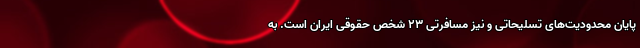
پایان محدودیت‌های تسلیحاتی و نیز مسافرتی ۲۳ شخص حقوقی ایران است. به